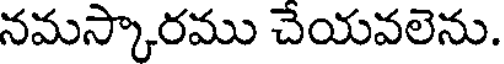
నమస్కారము చేయవలెను.